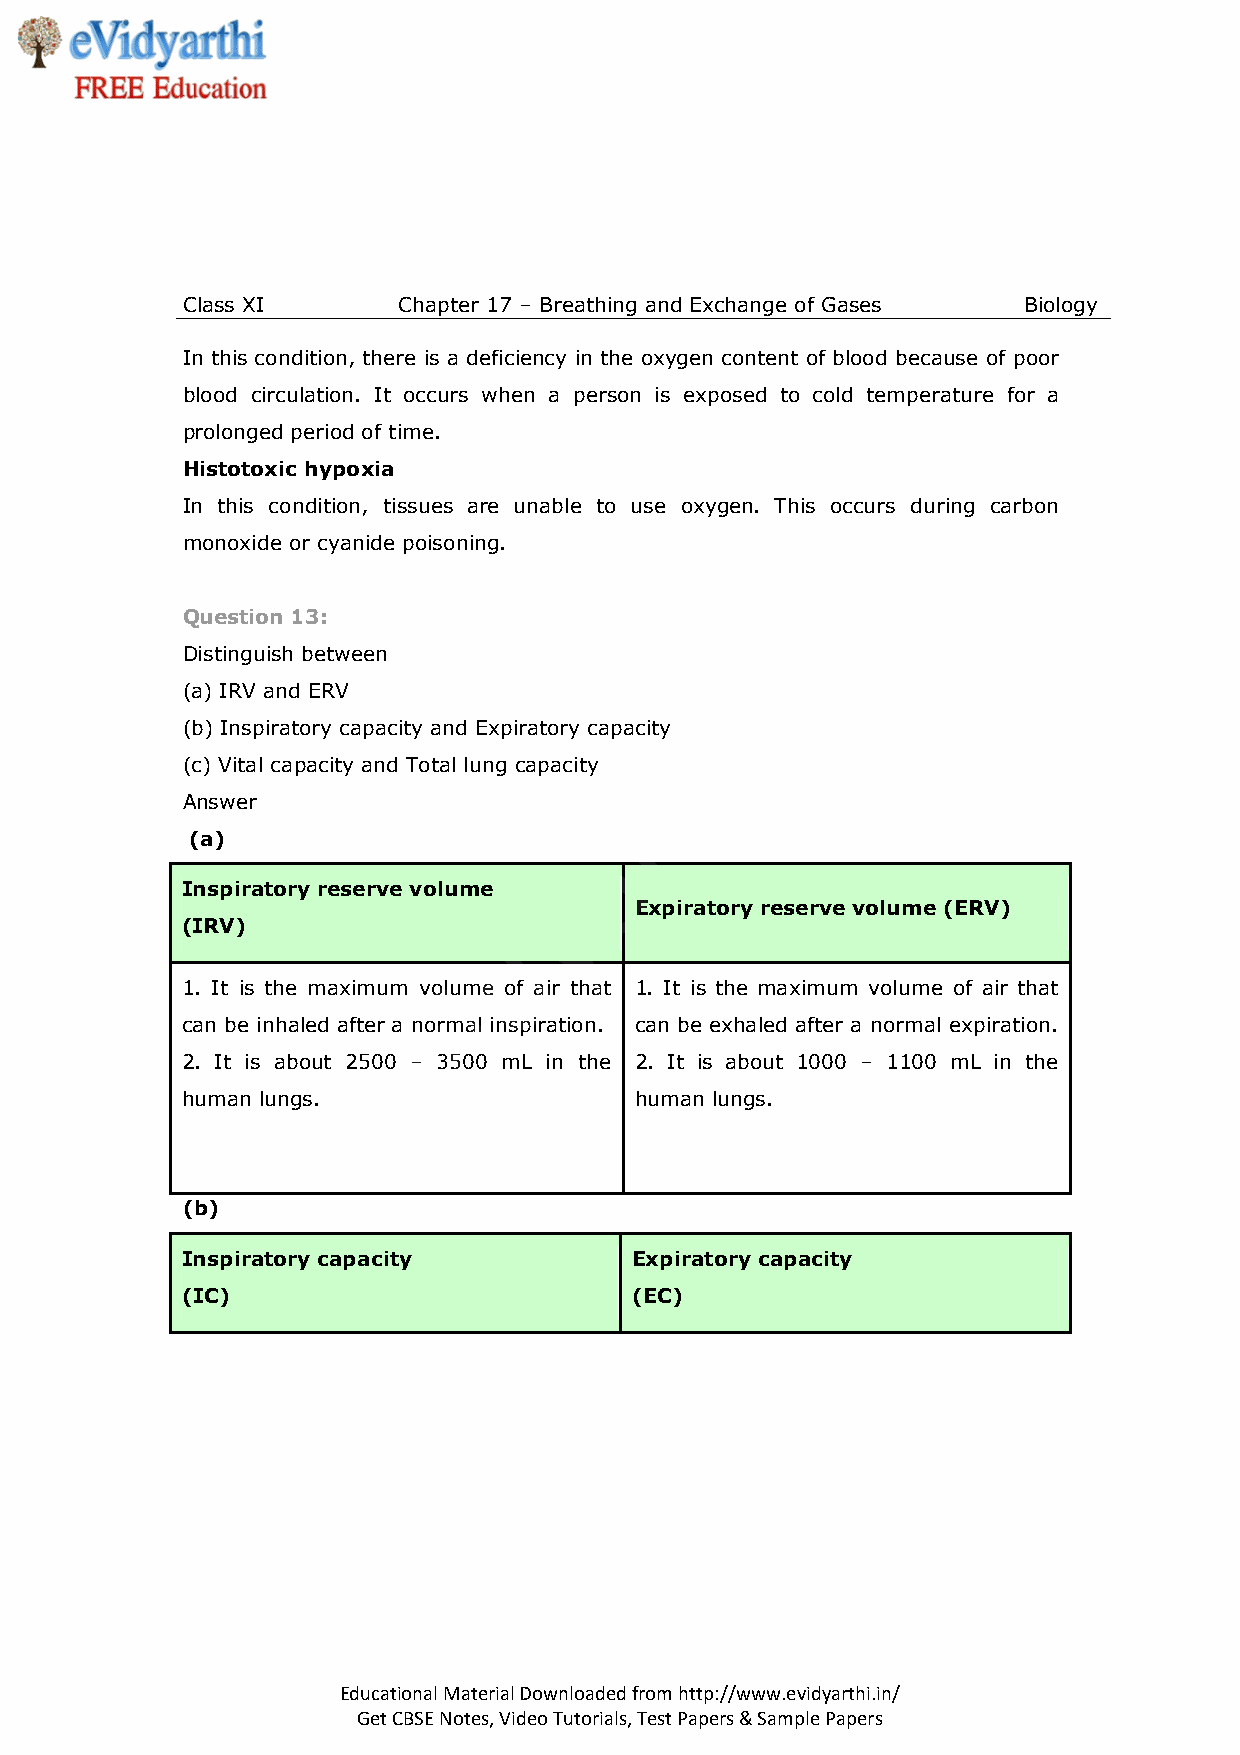
Class XI      Chapter 17 – Breathing and Exchange of Gases Biology
 In this condition, there is a deficiency in the oxygen content of blood because of poor
 blood circulation. It occurs when a person is exposed to cold temperature for a
 prolonged period of time.
 Histotoxic hypoxia
 In this condition, tissues are unable to use oxygen. This occurs during carbon
 monoxide or cyanide poisoning.
 n
 Question 13:
 i
 Distinguish between
 .
 (a) IRV and ERV                      i
 h
 (b) Inspiratory capacity and Expiratory capacity
 (c) Vital capacity and Total lung capacity t
 Answer                       r
 (a)                       a
 Inspiratory reserve volume y
 Expiratory reserve volume (ERV)
 (IRV)                d
 1. It is the maximum voliume of air that 1. It is the maximum volume of air that
 v
 can be inhaled after a normal inspiration. can be exhaled after a normal expiration.
 e
 2. It is about 2500 – 3500 mL in the 2. It is about 1000 – 1100 mL in the
 human lungs.                  human lungs.
 (b)
 Inspiratory capacity          Expiratory capacity
 (IC)                          (EC)
 Educational Material Downloaded from http://www.evidyarthi.in/
 Get CBSE Notes, Video Tutorials, Test Papers & Sample Papers